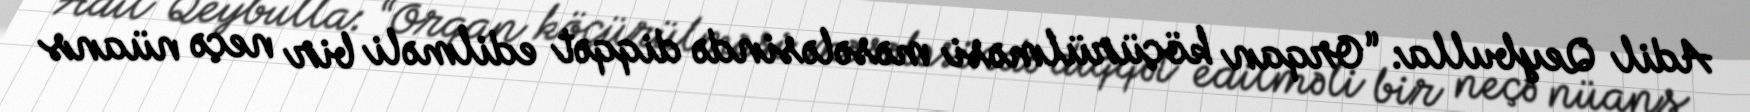
Adil Qeybulla: “Orqan köçürülməsi məsələsində diqqət edilməli bir neçə nüans